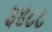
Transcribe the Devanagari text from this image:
३४८८